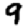
Digit: 9